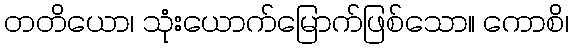
တတိယော၊ သုံးယောက်မြောက်ဖြစ်သော။ ကောစိ၊